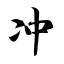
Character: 冲